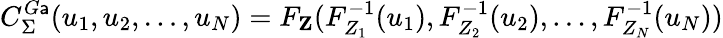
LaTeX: C_{\Sigma}^{G\mathsf{a}}(u_{1},u_{2},\dotsc,u_{N})=F_{\textbf{{Z}}}(F_{Z_{1}}^{-1}(u_{1}),F_{Z_{2}}^{-1}(u_{2}),\dotsc,F_{Z_{N}}^{-1}(u_{N}))